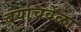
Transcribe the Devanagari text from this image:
बर्याचवेळा